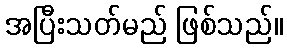
အပြီးသတ်မည် ဖြစ်သည်။